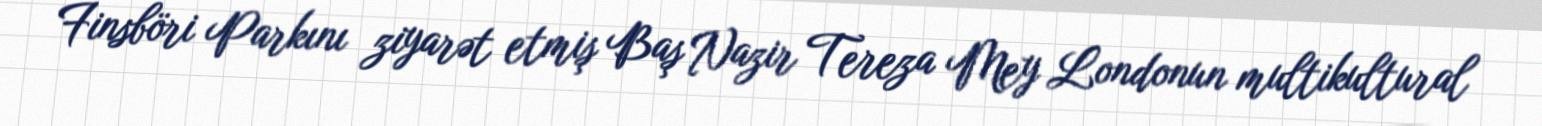
Finsböri Parkını ziyarət etmiş Baş Nazir Tereza Mey Londonun multikultural